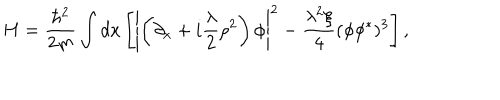
H = \frac { \hbar ^ { 2 } } { 2 m } \int d x \left[ \left| \left( \partial _ { x } + i { \frac { \lambda } { 2 } } \rho ^ { 2 } \right) \phi \right| ^ { 2 } - \frac { \lambda ^ { 2 } \xi } { 4 } ( \phi \phi ^ { * } ) ^ { 3 } \right] ,